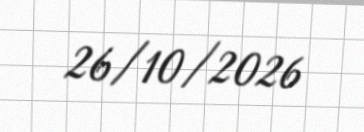
26/10/2026